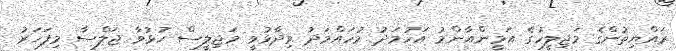
ރައްޔިތުންގެ މަޖިލީހުގެ އަމީންއާންމު އަހުމަދު މުހައްމަދު ވިދާޅުވީ މަޖިލީސް ހުޅުވާ ޖަލްސާ މިފަހަރު